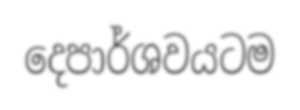
දෙපාර්ශවයටම